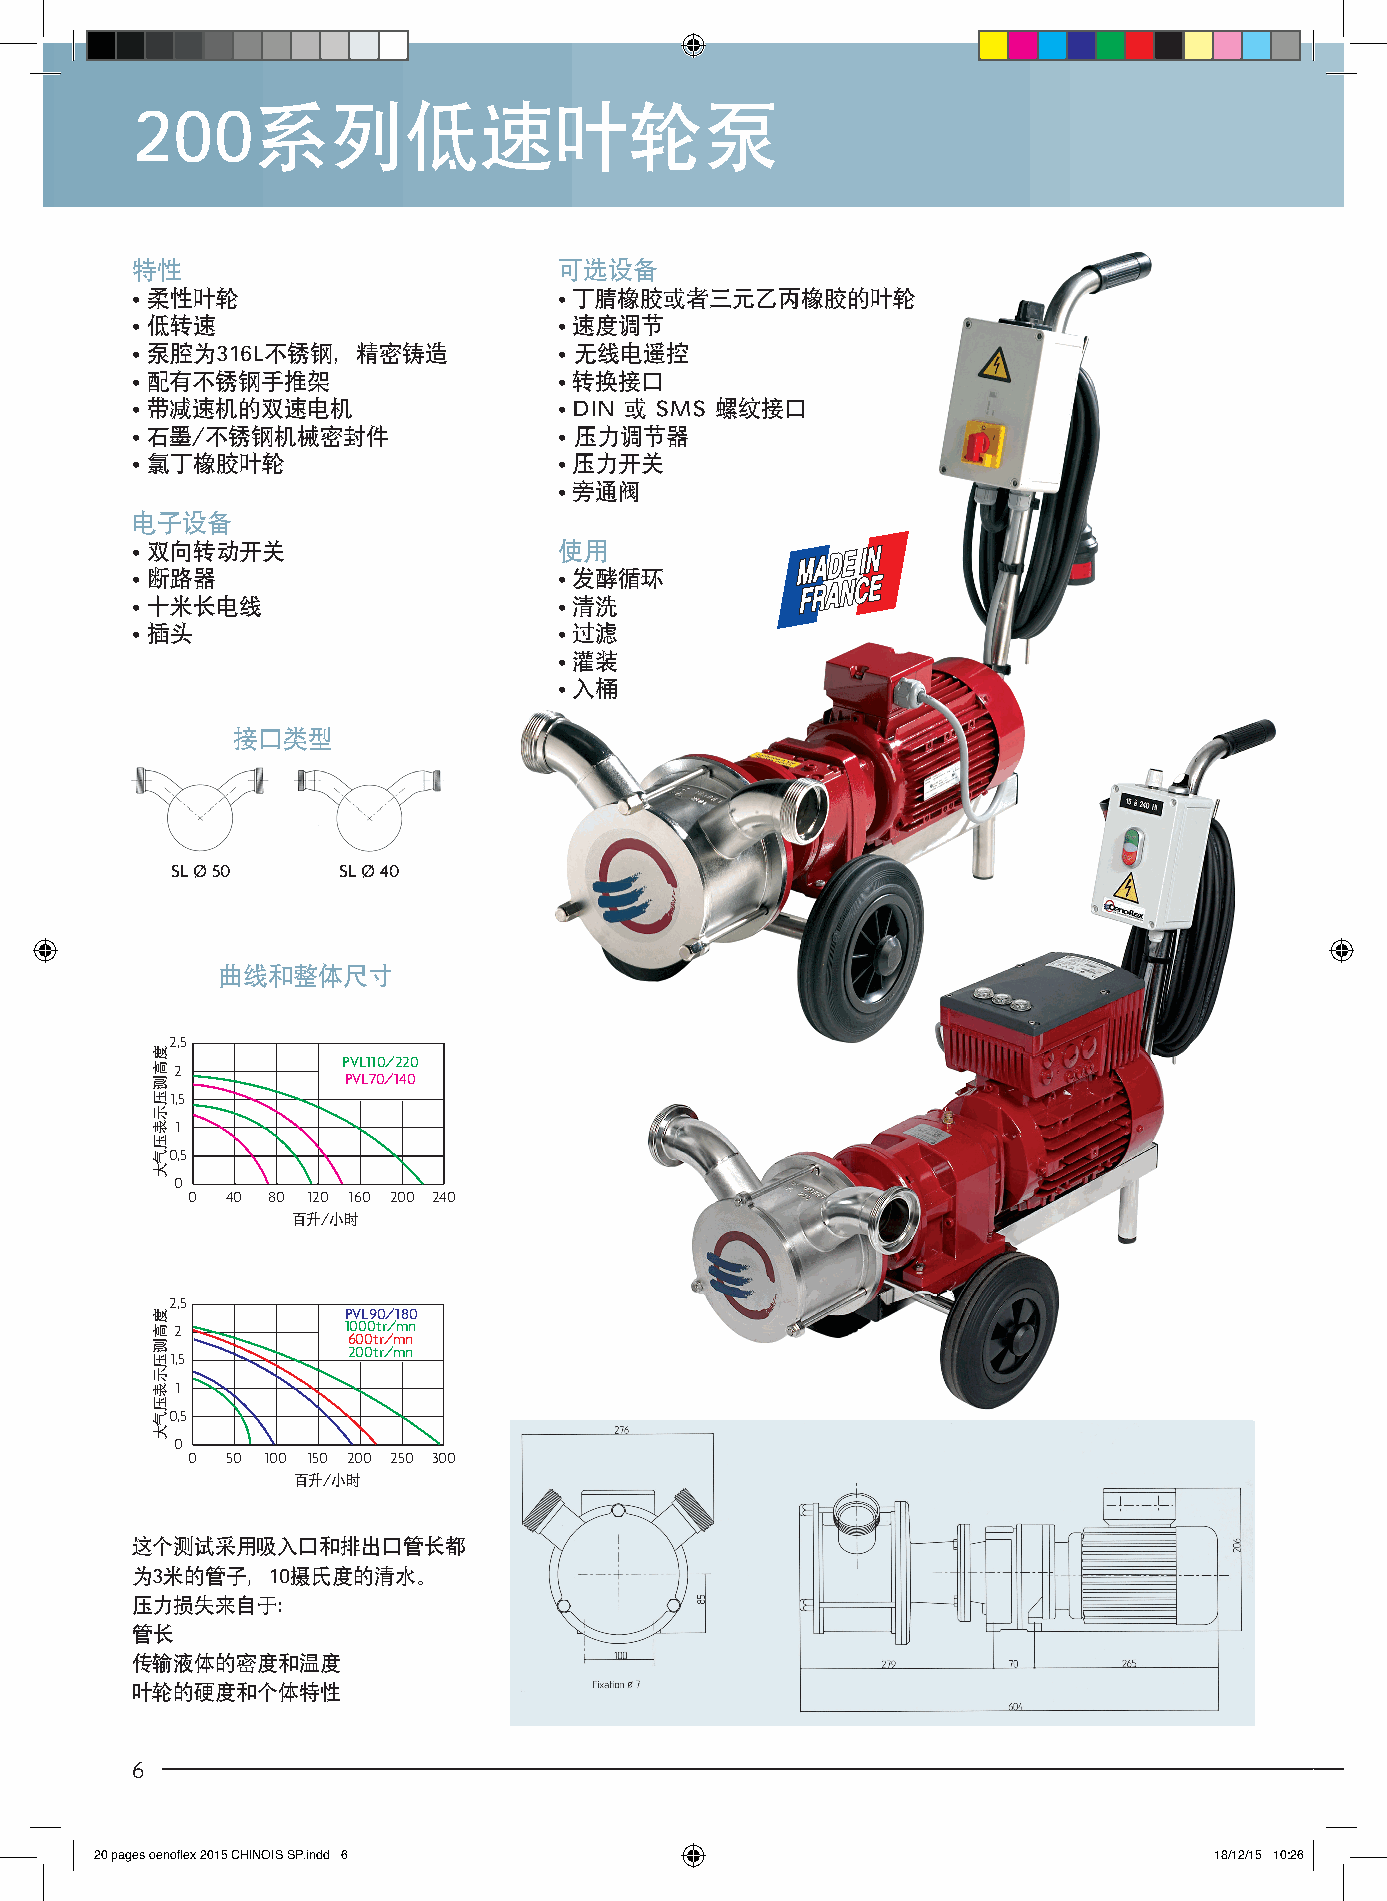
200系列低速叶轮泵
 特性                          可选设备
 • 柔性叶轮                      • 丁腈橡胶或者三元乙丙橡胶的叶轮
 • 低转速                       • 速度调节
 • 泵腔为316L不锈钢，精密铸造           • 无线电遥控
 • 配有不锈钢手推架                  • 转换接口
 • 带减速机的双速电机                 • DIN 或 SMS 螺纹接口
 • 石墨/不锈钢机械密封件               • 压力调节器
 • 氯丁橡胶叶轮                    • 压力开关
 • 旁通阀
 电子设备
 • 双向转动开关                    使用
 • 断路器                       • 发酵循环
 • 十米长电线                     • 清洗
 • 插头                        • 过滤
 • 灌装
 • 入桶
 接口类型
 SL Ø 50    SL Ø 40
 曲线和整体尺寸
 2,5
 PVL110/220
 2
 PVL70/140
 1,5
 1
 0,5
 0
 0  40 80 120 160 200 240
 hecto百lit升re/s/小h时eure
 2,5
 PVL90/180
 2          1000tr/mn
 600tr/mn
 200tr/mn
 1,5
 1
 0,5
 0
 0  50 100 150 200 250 300
 hecto百lit升re/s/小h时eure
 这个测试采用吸入口和排出口管长都
 为3米的管子，10摄氏度的清水。
 压力损失来自于：
 管长
 传输液体的密度和温度
 叶轮的硬度和个体特性
 6
 20 pages oenoflex 2015 CHINOIS SP.indd 6                                  18/12/15 10:26
 srab
 ne
 euqirtémonam
 ruetuah
 srab
 ne
 euqirtémonam
 ruetuah
 度高测压示表压气大
 度高测压示表压气大